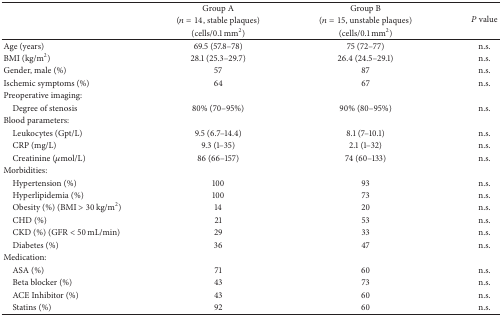
| <ROWSPAN=3>  | Group A | Group B | <ROWSPAN=3> P value |
 | (n = 14, stable plaques) | (n = 15, unstable plaques) |
 | (cells/0.1 mm2) | (cells/0.1 mm2) |
 | --- | --- | --- | --- |
 | Age (years) | 69.5 (57.8–78) | 75 (72–77) | n.s. |
 | BMI (kg/m2) | 28.1 (25.3–29.7) | 26.4 (24.5–29.1) | n.s. |
 | Gender, male (%) | 57 | 87 | n.s. |
 | Ischemic symptoms (%) | 64 | 67 | n.s. |
 | Preoperative imaging: |  |  |  |
 | Degree of stenosis | 80% (70–95%) | 90% (80–95%) | n.s. |
 | Blood parameters: |  |  |  |
 | Leukocytes (Gpt/L) | 9.5 (6.7–14.4) | 8.1 (7–10.1) | n.s. |
 | CRP (mg/L) | 9.3 (1–35) | 2.1 (1–32) | n.s. |
 | Creatinine (μmol/L) | 86 (66–157) | 74 (60–133) | n.s. |
 | Morbidities: |  |  |  |
 | Hypertension (%) | 100 | 93 | n.s. |
 | Hyperlipidemia (%) | 100 | 73 | n.s. |
 | Obesity (%) (BMI > 30 kg/m2) | 14 | 20 | n.s. |
 | CHD (%) | 21 | 53 | n.s. |
 | CKD (%) (GFR < 50 mL/min) | 29 | 33 | n.s. |
 | Diabetes (%) | 36 | 47 | n.s. |
 | Medication: |  |  |  |
 | ASA (%) | 71 | 60 | n.s. |
 | Beta blocker (%) | 43 | 73 | n.s. |
 | ACE Inhibitor (%) | 43 | 60 | n.s. |
 | Statins (%) | 92 | 60 | n.s. |